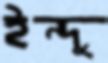
ইন্দু